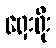
ရှေးရိုး